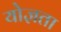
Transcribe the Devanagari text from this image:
योज्ञता